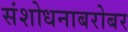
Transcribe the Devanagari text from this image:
संशोधनाबरोबर